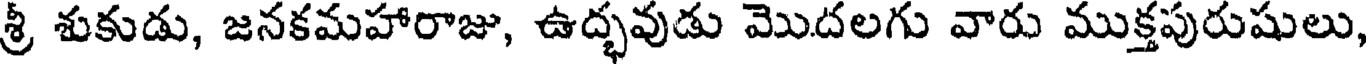
శ్రీ శుకుడు, జనకమహారాజు, ఉద్భవుడు మొదలగు వారు ముక్తపురుషులు,